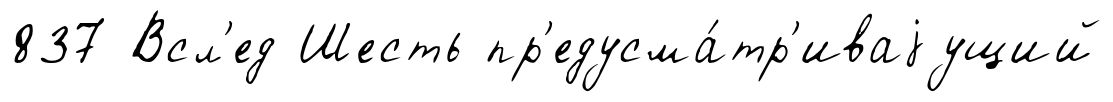
837 Всл'ед Шесть пр'едусма́тр'иваjущий